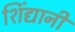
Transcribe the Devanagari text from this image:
शिंद्यानी